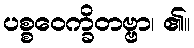
ပစ္စဝေက္ခိတဗ္ဗာ၊ ၏။